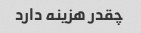
چقدر هزینه دارد